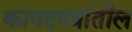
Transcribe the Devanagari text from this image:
कागदपत्रांतील